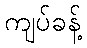
ကျပ်ခန့်